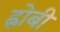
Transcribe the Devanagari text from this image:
ह्नोबी